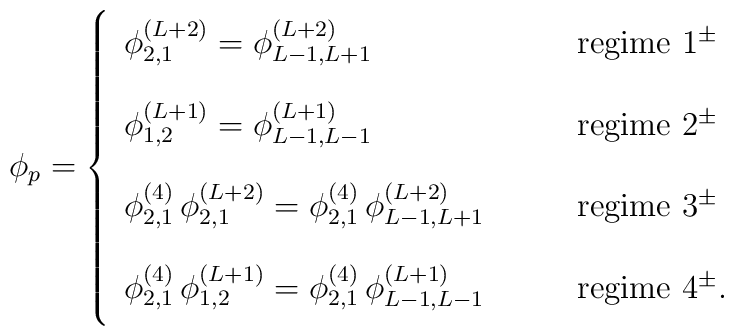
\phi_p=\left\{ \begin{array}{ll}\phi_{2,1}^{(L+2)}=\phi_{L-1,L+1}^{(L+2)}&\vphantom{\displaystyle \sum_a^a}\qquad \mbox{regime 1$^{\pm}$} \\\phi_{1,2}^{(L+1)}=\phi_{L-1,L-1}^{(L+1)}&\vphantom{\displaystyle \sum_a^a}\qquad \mbox{regime 2$^{\pm}$} \\ \phi_{2,1}^{(4)} \, \phi_{2,1}^{(L+2)}=\phi_{2,1}^{(4)} \, \phi_{L-1,L+1}^{(L+2)}&\vphantom{\displaystyle \sum_a^a}\qquad \mbox{regime 3$^{\pm}$} \\ \phi_{2,1}^{(4)} \, \phi_{1,2}^{(L+1)}=\phi_{2,1}^{(4)} \, \phi_{L-1,L-1}^{(L+1)}&\vphantom{\displaystyle \sum_a^a}\qquad \mbox{regime 4$^{\pm}$}.\end{array} \right.